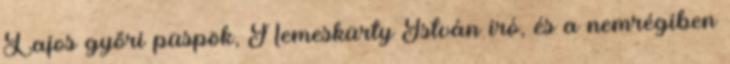
Lajos győri püspök, Nemeskürty István író, és a nemrégiben